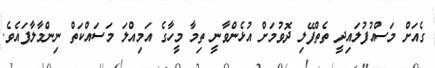
ގެއަށް މަސްއުފުލައިދީ ތެތްފޭލި ދޮވުމަށް އުޅެންވާނީ ތިމާ މީހާގެ އަމިއްލަ މަސައްކަތް ނިންމާލާފައެވެ.